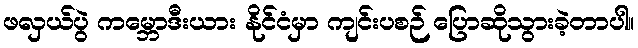
ဖလှယ်ပွဲ ကမ္ဘောဒီးယား နိုင်ငံမှာ ကျင်းပစဉ် ပြောဆိုသွားခဲ့တာပါ။